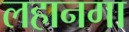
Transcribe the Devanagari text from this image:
लहानगा